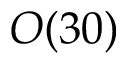
O ( 3 0 )